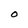
Character: O